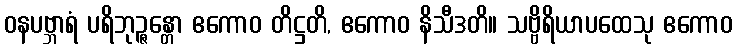
ဝနပဗ္ဘာရံ ပရိဘုဉ္ဇန္တော ဧကောဝ တိဋ္ဌတိ, ဧကောဝ နိသီဒတိ။ သဗ္ဗိရိယာပထေသု ဧကောဝ